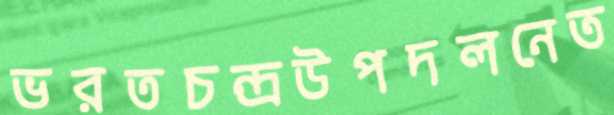
ভরতচন্দ্রউপদলনেত